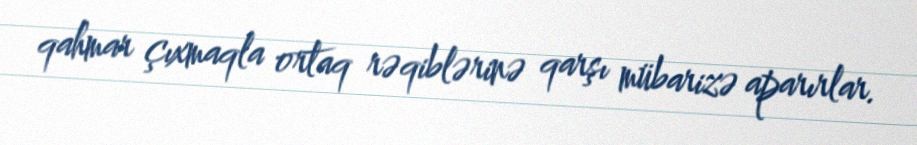
qahmar çıxmaqla ortaq rəqiblərinə qarşı mübarizə aparırlar.